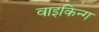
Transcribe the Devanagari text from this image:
वाइकिन्ग